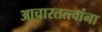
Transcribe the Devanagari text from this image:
आचारतत्त्वांना